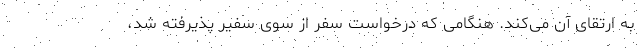
به ارتقای آن می‌کند. هنگامی که درخواست سفر از سوی سفیر پذیرفته شد،